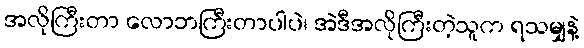
အလိုကြီးတာ လောဘကြီးတာပါပဲ၊ အဲဒီအလိုကြီးတဲ့သူက ရသမျှနဲ့